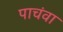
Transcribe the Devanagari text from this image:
पाचंवा